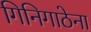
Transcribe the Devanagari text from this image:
गिनिगाठेना